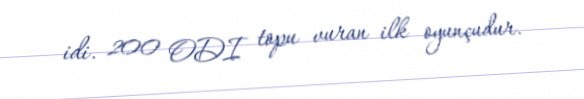
idi. 200 ODI topu vuran ilk oyunçudur.